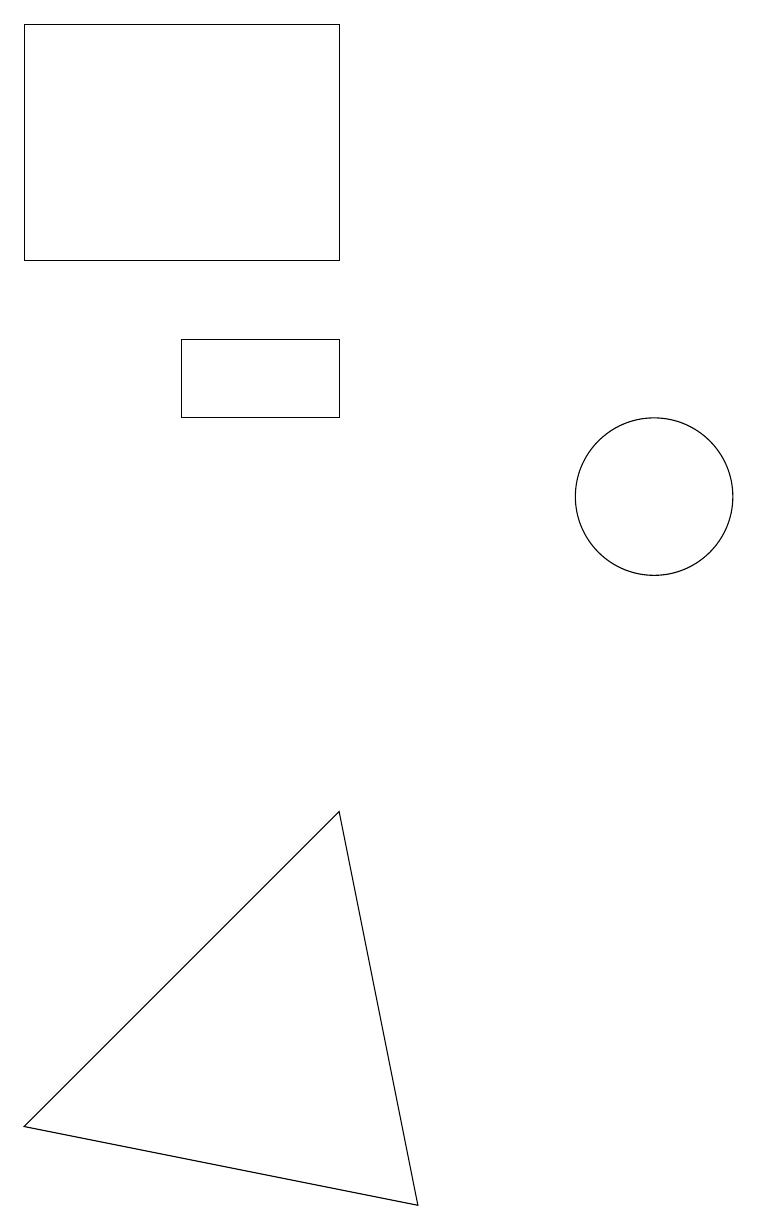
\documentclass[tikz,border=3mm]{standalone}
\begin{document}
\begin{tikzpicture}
\draw (4,12) rectangle (6,11);
\draw (10,10) circle (1);
\draw (2,16) rectangle (6,13);
\draw (7,1) -- (6,6) -- (2,2) -- cycle;
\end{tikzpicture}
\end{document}